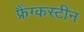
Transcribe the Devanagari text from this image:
फ्रैंग्कस्टीन